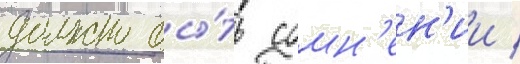
должно бы́ть сомн'ен'ии /